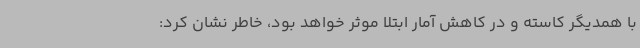
با همدیگر کاسته و در کاهش آمار ابتلا موثر خواهد بود، خاطر نشان کرد: